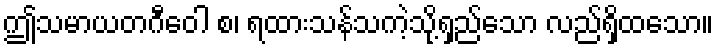
ဤသမာယတဂီဝေါ စ၊ ရထားသန်သကဲ့သို့ရှည်သော လည်ရှိထသော။